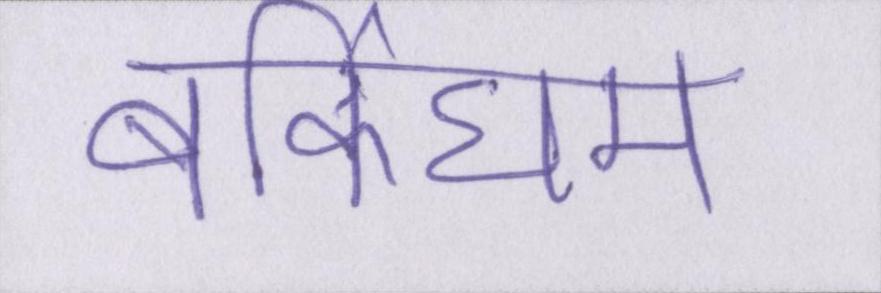
बर्किघम